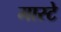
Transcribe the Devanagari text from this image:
मास्टे